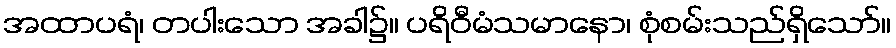
အထာပရံ၊ တပါးသော အခါ၌။ ပရိဝီမံသမာနော၊ စုံစမ်းသည်ရှိသော်။